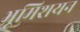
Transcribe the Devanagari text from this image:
भूमिशयन